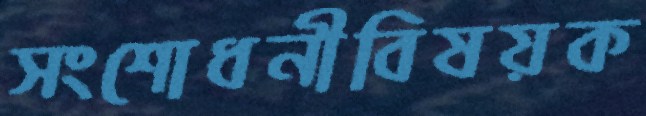
সংশোধনীবিষয়ক